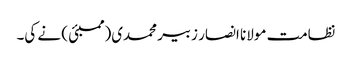
نظامت مولانا انصار زبیر محمدی(ممبئی ) نے کی۔